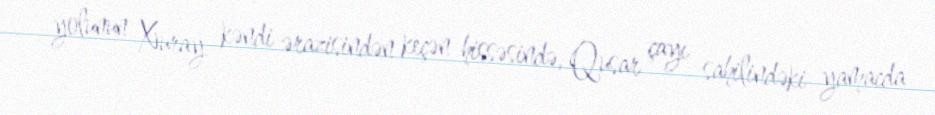
yolunun Xuray kəndi ərazisindən keçən hissəsində, Qusar çayı sahilindəki yamacda